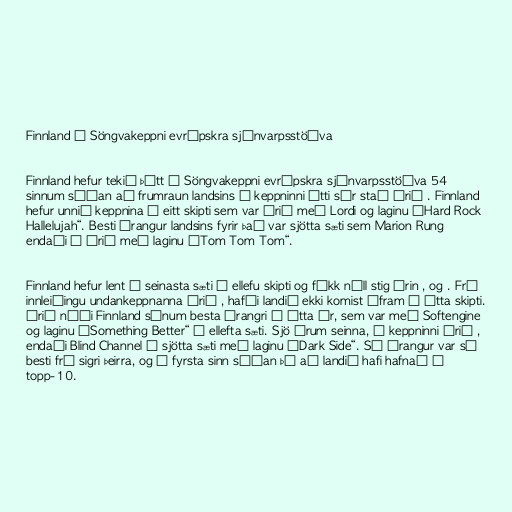
Finnland í Söngvakeppni evrópskra sjónvarpsstöðva

Finnland hefur tekið þátt í Söngvakeppni evrópskra sjónvarpsstöðva 54
sinnum síðan að frumraun landsins í keppninni átti sér stað árið . Finnland
hefur unnið keppnina í eitt skipti sem var árið með Lordi og laginu „Hard Rock
Hallelujah“. Besti árangur landsins fyrir það var sjötta sæti sem Marion Rung
endaði í árið með laginu „Tom Tom Tom“.

Finnland hefur lent í seinasta sæti í ellefu skipti og fékk núll stig árin , og . Frá
innleiðingu undankeppnanna árið , hafði landið ekki komist áfram í átta skipti.
Árið náði Finnland sínum besta árangri í átta ár, sem var með Softengine
og laginu „Something Better“ í ellefta sæti. Sjö árum seinna, í keppninni árið ,
endaði Blind Channel í sjötta sæti með laginu „Dark Side“. Sá árangur var sá
besti frá sigri þeirra, og í fyrsta sinn síðan þá að landið hafi hafnað í
topp-10.